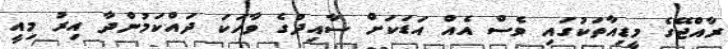
ރާއްޖޭގެ މީޑިއާތަކުގައި ވެސް އެއް އަޑަކަށް ސާއިދުގެ ވާހަކަ ދައްކަމުންދާ އިރު މިއީ